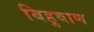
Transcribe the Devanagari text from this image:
बिहुवाण